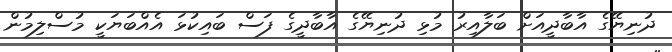
ދުނިޔޭގެ އާބާދީއަށް ބަލާއިރު މުޅި ދުނިޔޭގެ އާބާދީގެ ފަސް ބައިކުޅަ އެއްބަޔަކީ މުސްލިމުން